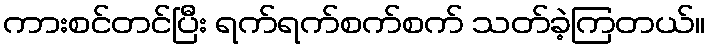
ကားစင်တင်ပြီး ရက်ရက်စက်စက် သတ်ခဲ့ကြတယ်။